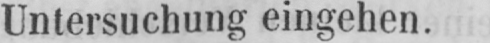
Untersuchung eingehen.